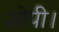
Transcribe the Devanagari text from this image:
ओपी।